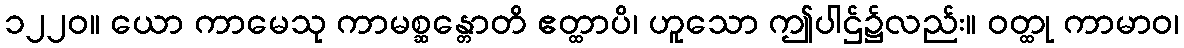
၁၂၂၀။ ယော ကာမေသု ကာမစ္ဆန္တောတိ ဧတ္ထာပိ၊ ဟူသော ဤပါဌ်၌လည်း။ ဝတ္ထု ကာမာဝ၊